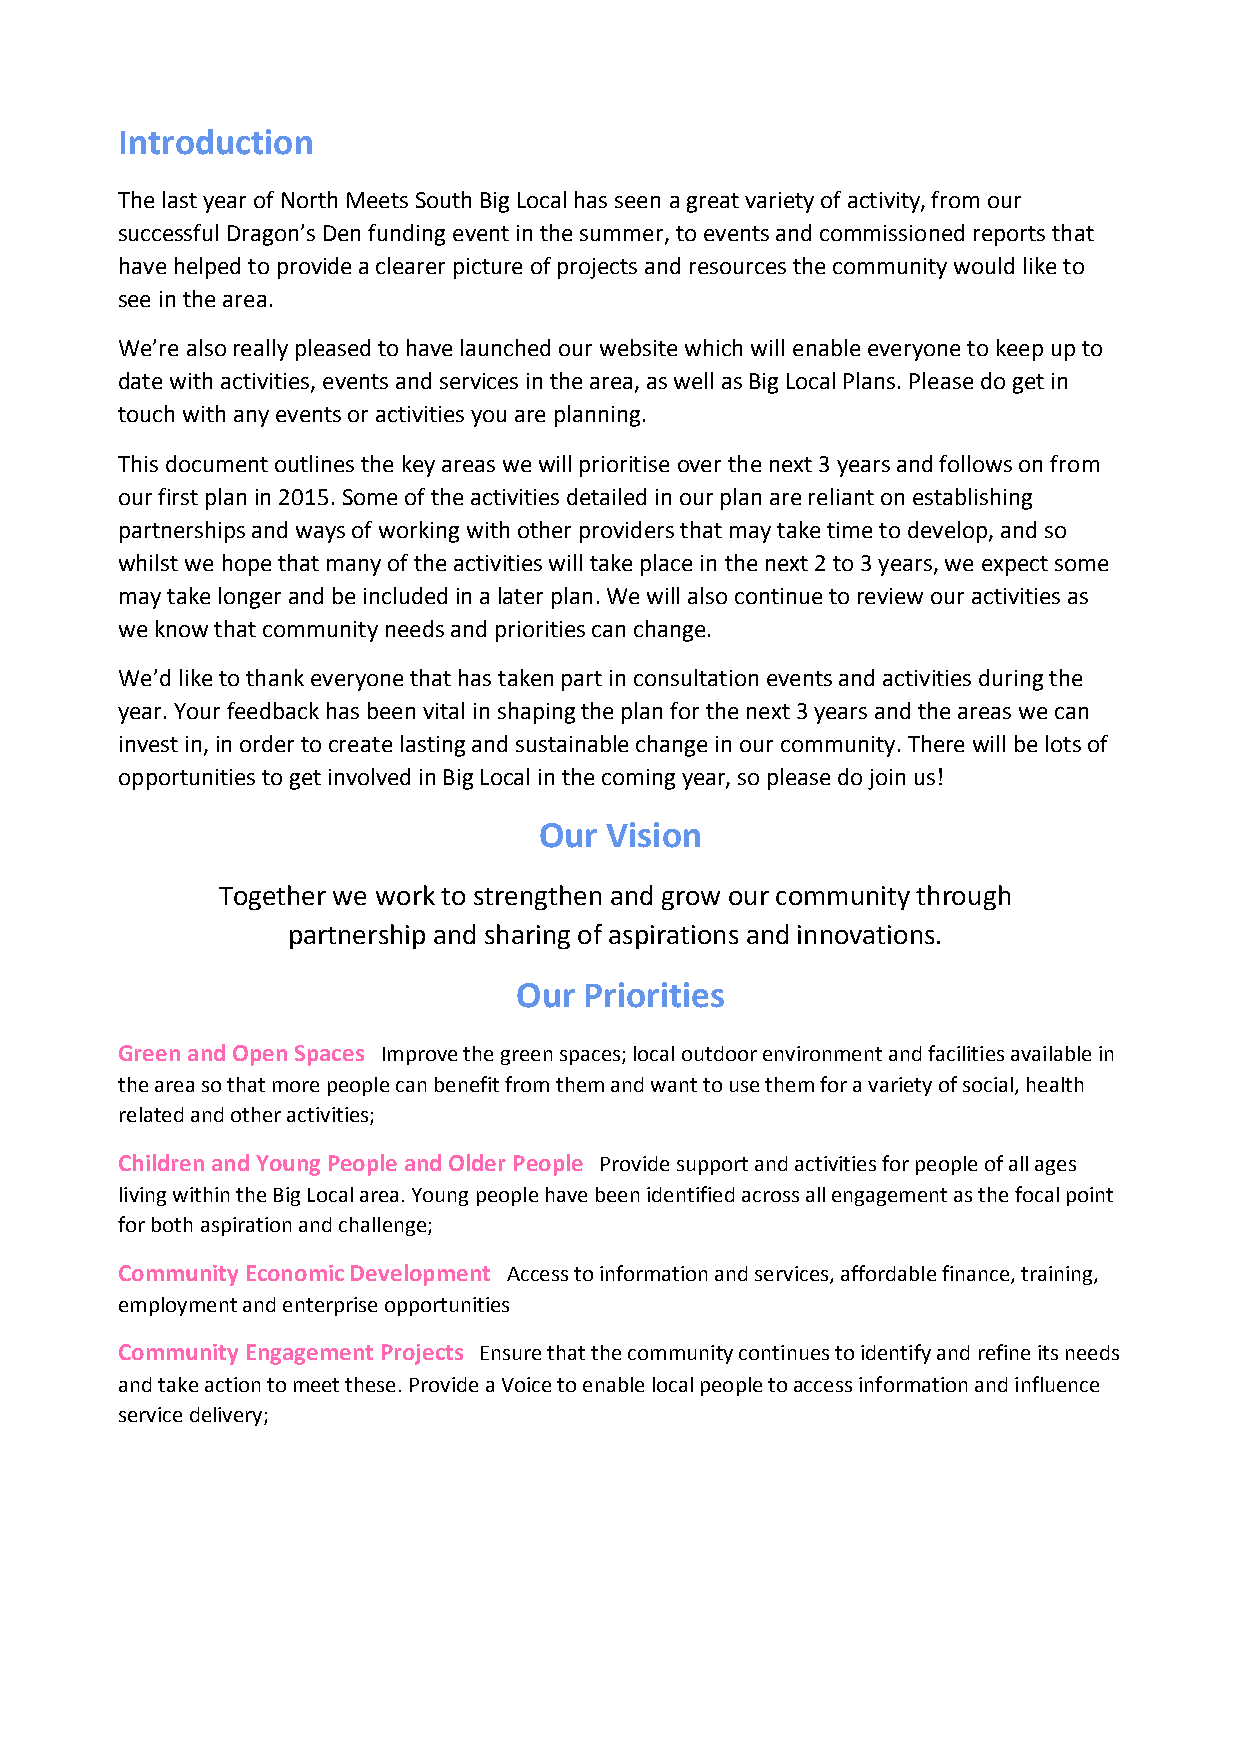
Introduction
 The last year of North Meets South Big Local has seen a great variety of activity, from our
 successful Dragon’s Den funding event in the summer, to events and commissioned reports that
 have helped to provide a clearer picture of projects and resources the community would like to
 see in the area.
 We’re also really pleased to have launched our website which will enable everyone to keep up to
 date with activities, events and services in the area, as well as Big Local Plans. Please do get in
 touch with any events or activities you are planning.
 This document outlines the key areas we will prioritise over the next 3 years and follows on from
 our first plan in 2015. Some of the activities detailed in our plan are reliant on establishing
 partnerships and ways of working with other providers that may take time to develop, and so
 whilst we hope that many of the activities will take place in the next 2 to 3 years, we expect some
 may take longer and be included in a later plan. We will also continue to review our activities as
 we know that community needs and priorities can change.
 We’d like to thank everyone that has taken part in consultation events and activities during the
 year. Your feedback has been vital in shaping the plan for the next 3 years and the areas we can
 invest in, in order to create lasting and sustainable change in our community. There will be lots of
 opportunities to get involved in Big Local in the coming year, so please do join us!
 Our Vision
 Together we work to strengthen and grow our community through
 partnership and sharing of aspirations and innovations.
 Our  Priorities
 Green and Open Spaces Improve the green spaces; local outdoor environment and facilities available in
 the area so that more people can benefit from them and want to use them for a variety of social, health
 related and other activities;
 Children and Young People and Older People Provide support and activities for people of all ages
 living within the Big Local area. Young people have been identified across all engagement as the focal point
 for both aspiration and challenge;
 Community Economic Development Access to information and services, affordable finance, training,
 employment and enterprise opportunities
 Community Engagement Projects Ensure that the community continues to identify and refine its needs
 and take action to meet these. Provide a Voice to enable local people to access information and influence
 service delivery;